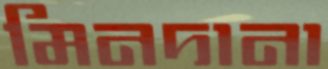
মিনদানা